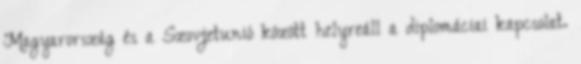
Magyarország és a Szovjetunió között helyreáll a diplomáciai kapcsolat.